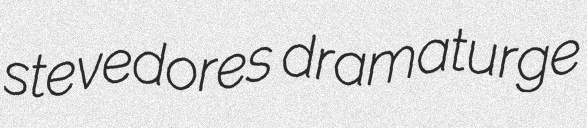
stevedores dramaturge